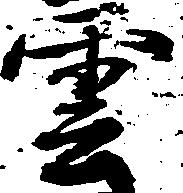
雲